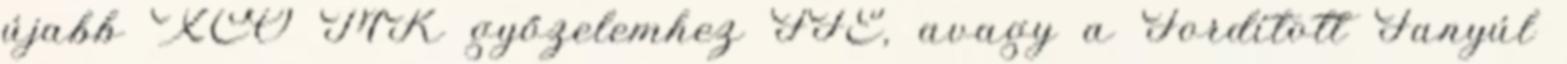
újabb XCO MK győzelemhez FFE, avagy a Fordított Fanyúl